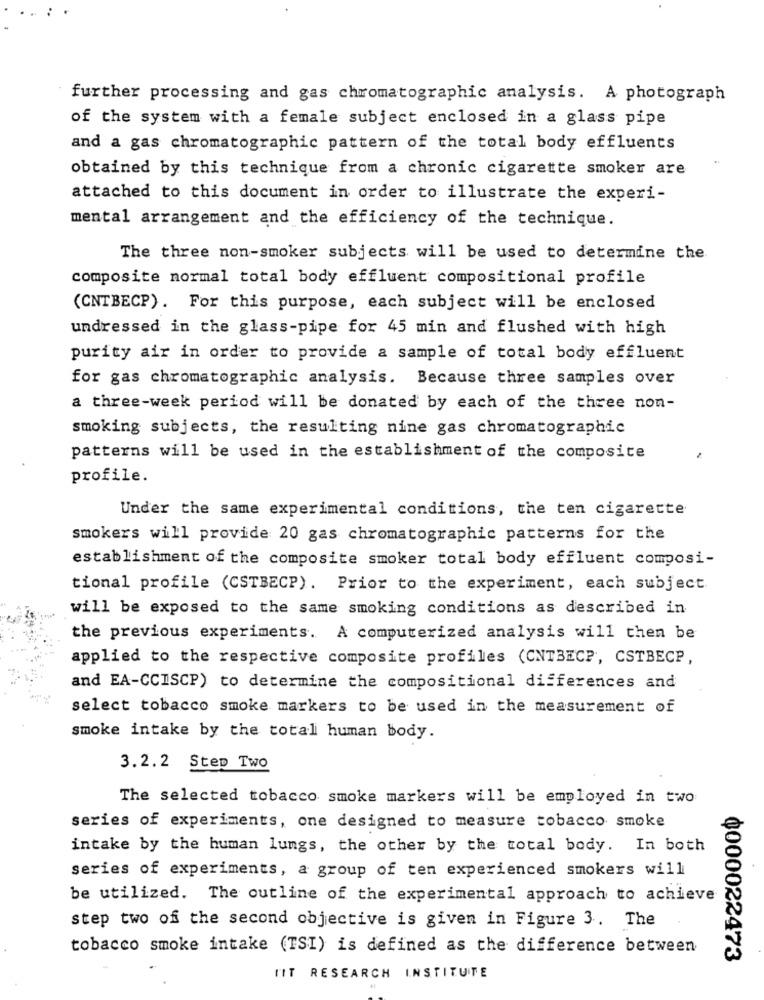
further processing and gas chromatographic analysis. A photograph
of the system with a female subject enclosed in a glass pipe
and a gas chromatographic pattern of the total body effluents
obtained by this technique from a chronic cigarette smoker are
attached to this document in order to illustrate the experi-
mental arrangement and the efficiency of the technique.
The three non-smoker subjects will be used to determine the
composite normal total body effluent compositional profile
(CNTBECP). For this purpose, each subject will be enclosed
undressed in the glass-pipe for 45 min and flushed with high
purity air in order to provide a sample of total body effluent
for gas chromatographic analysis. Because three samples over
a three-week period will be donated by each of the three non-
smoking subjects, the resulting nine gas chromatographic
patterns will be used in the establishment of the composite
profile.
Under the same experimental conditions, the ten cigarette
smokers will provide 20 gas chromatographic patterns for the
establishment of the composite smoker total body effluent composi-
tional profile (CSTBECP). Prior to the experiment, each subject
will be exposed to the same smoking conditions as described in
the previous experiments. A computerized analysis will then be
applied to the respective composite profiles (CNTBEC ?, CSTBECP,
and EA-CCISCP) to determine the compositional differences and
select tobacco smoke markers to be used in the measurement of
smoke intake by the total human body.
3.2.2 Step Two
The selected tobacco smoke markers will be employed in two
series of experiments, one designed to measure tobacco smoke
intake by the human lungs, the other by the total body. In both
series of experiments, a group of ten experienced smokers will
be utilized. The outline of the experimental approach to achieve
step two of the second objective is given in Figure 3. The
tobacco smoke intake (TSI) is defined as the difference between
¢000022473
FIT RESEARCH INSTITUTE